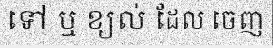
ទៅ ឬ ខ្យល់ ដែល ចេញ